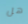
هل